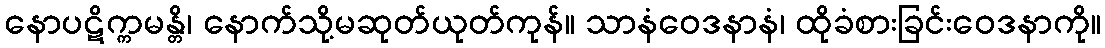
နောပဋိက္ကမန္တိ၊ နောက်သို့မဆုတ်ယုတ်ကုန်။ သာနံဝေဒနာနံ၊ ထိုခံစားခြင်းဝေဒနာကို။